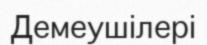
Демеушілері